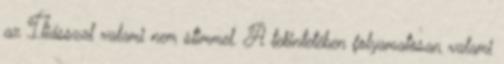
az Íliásszal valami nem stimmel. A tekintetében folyamatosan valami